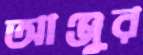
আঞ্জুর